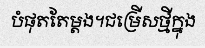
បំផុតតែម្តង។ជម្រើសថ្មីក្នុង